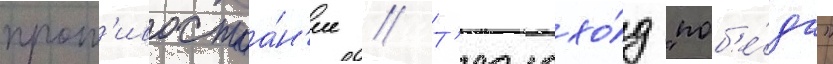
прот'ивостоа́н'ие // Т'еплохо́д "поб'е́да"